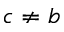
c \neq b